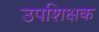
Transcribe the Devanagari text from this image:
उपशिक्षक